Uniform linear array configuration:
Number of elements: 12
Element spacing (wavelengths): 1
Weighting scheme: hamming
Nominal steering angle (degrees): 60
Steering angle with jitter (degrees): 59.829
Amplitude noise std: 0.05
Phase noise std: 0.05

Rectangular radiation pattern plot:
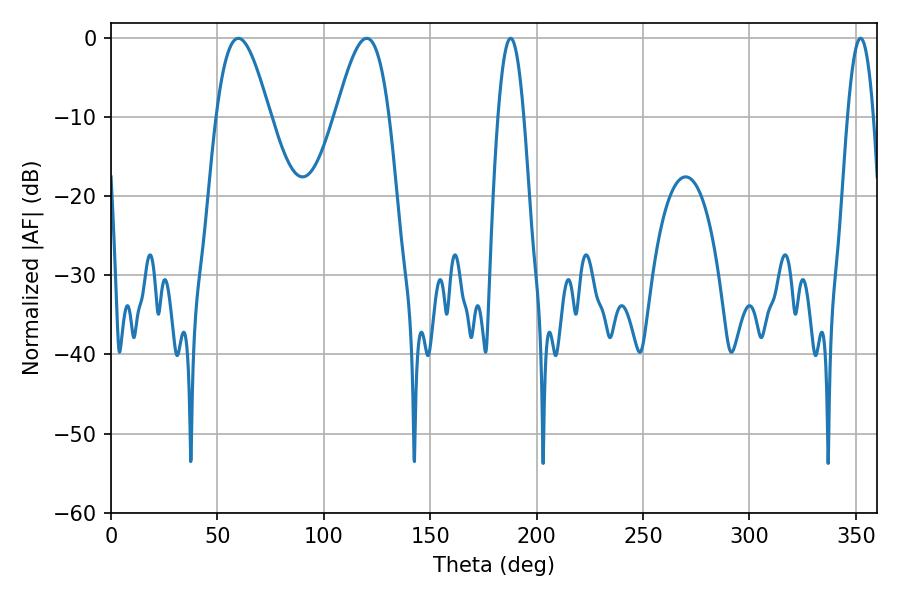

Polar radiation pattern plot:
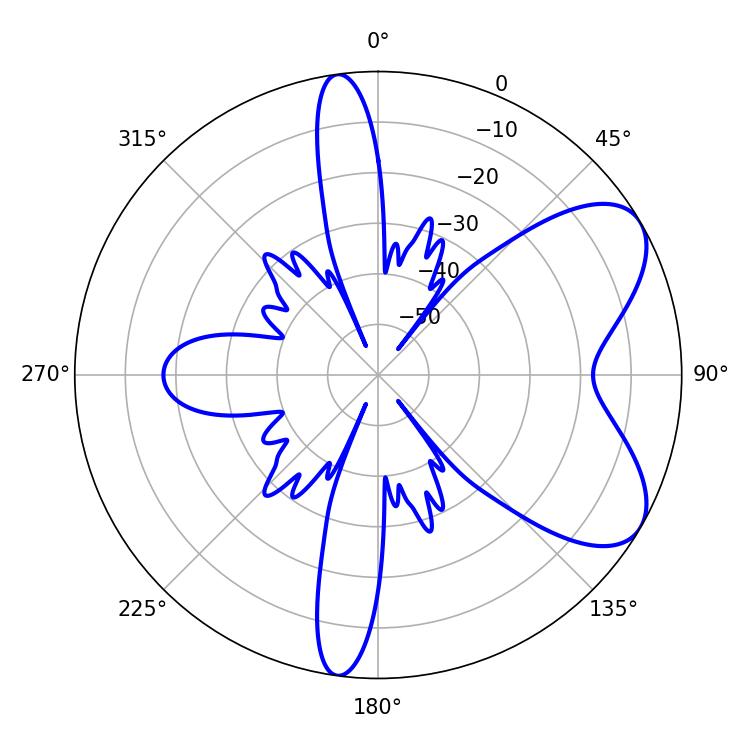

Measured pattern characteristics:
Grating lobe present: TRUE
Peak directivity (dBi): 6.762
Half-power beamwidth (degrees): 13.5
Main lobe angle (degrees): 59.76